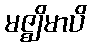
မဇ္ဈိမာပိ